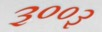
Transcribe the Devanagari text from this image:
३००३